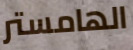
الهامستر